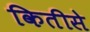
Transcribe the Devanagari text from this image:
कितीसे